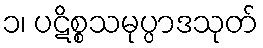
၁၊ ပဋိစ္စသမုပ္ပာဒသုတ်